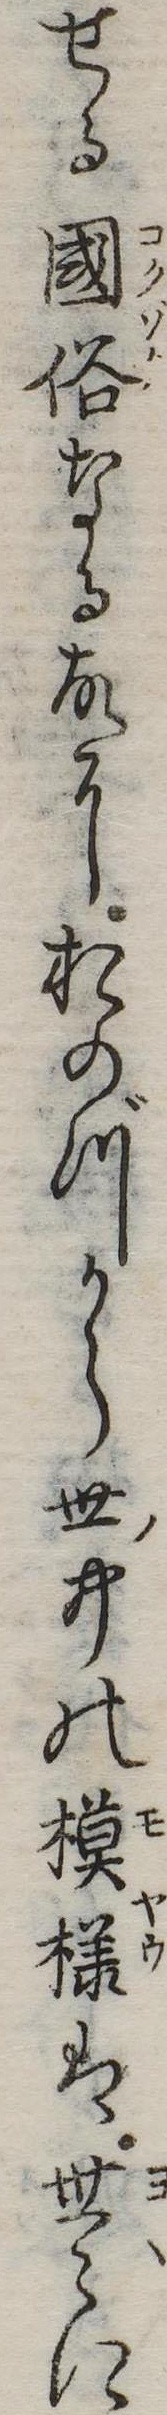
せる国俗なる故におのづから世中の模様は世に